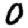
Digit: 0